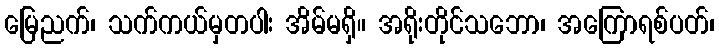
မြေညက်၊ သက်ကယ်မှတပါး အိမ်မရှိ။ အရိုးတိုင်သဘော၊ အကြောရစ်ပတ်၊